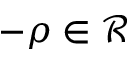
- \rho \in \mathcal R